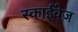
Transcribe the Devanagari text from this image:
स्काईवेज़